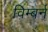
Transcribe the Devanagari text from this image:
विम्बर्न